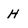
Character: H